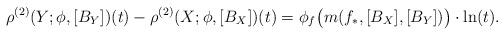
LaTeX: \begin{align*}\rho^{(2)}(Y;\phi,[B_Y])(t) - \rho^{(2)}(X;\phi,[B_X])(t)= \phi_f\bigl(m(f_*,[B_X],[B_Y])\bigr) \cdot \ln(t).\end{align*}